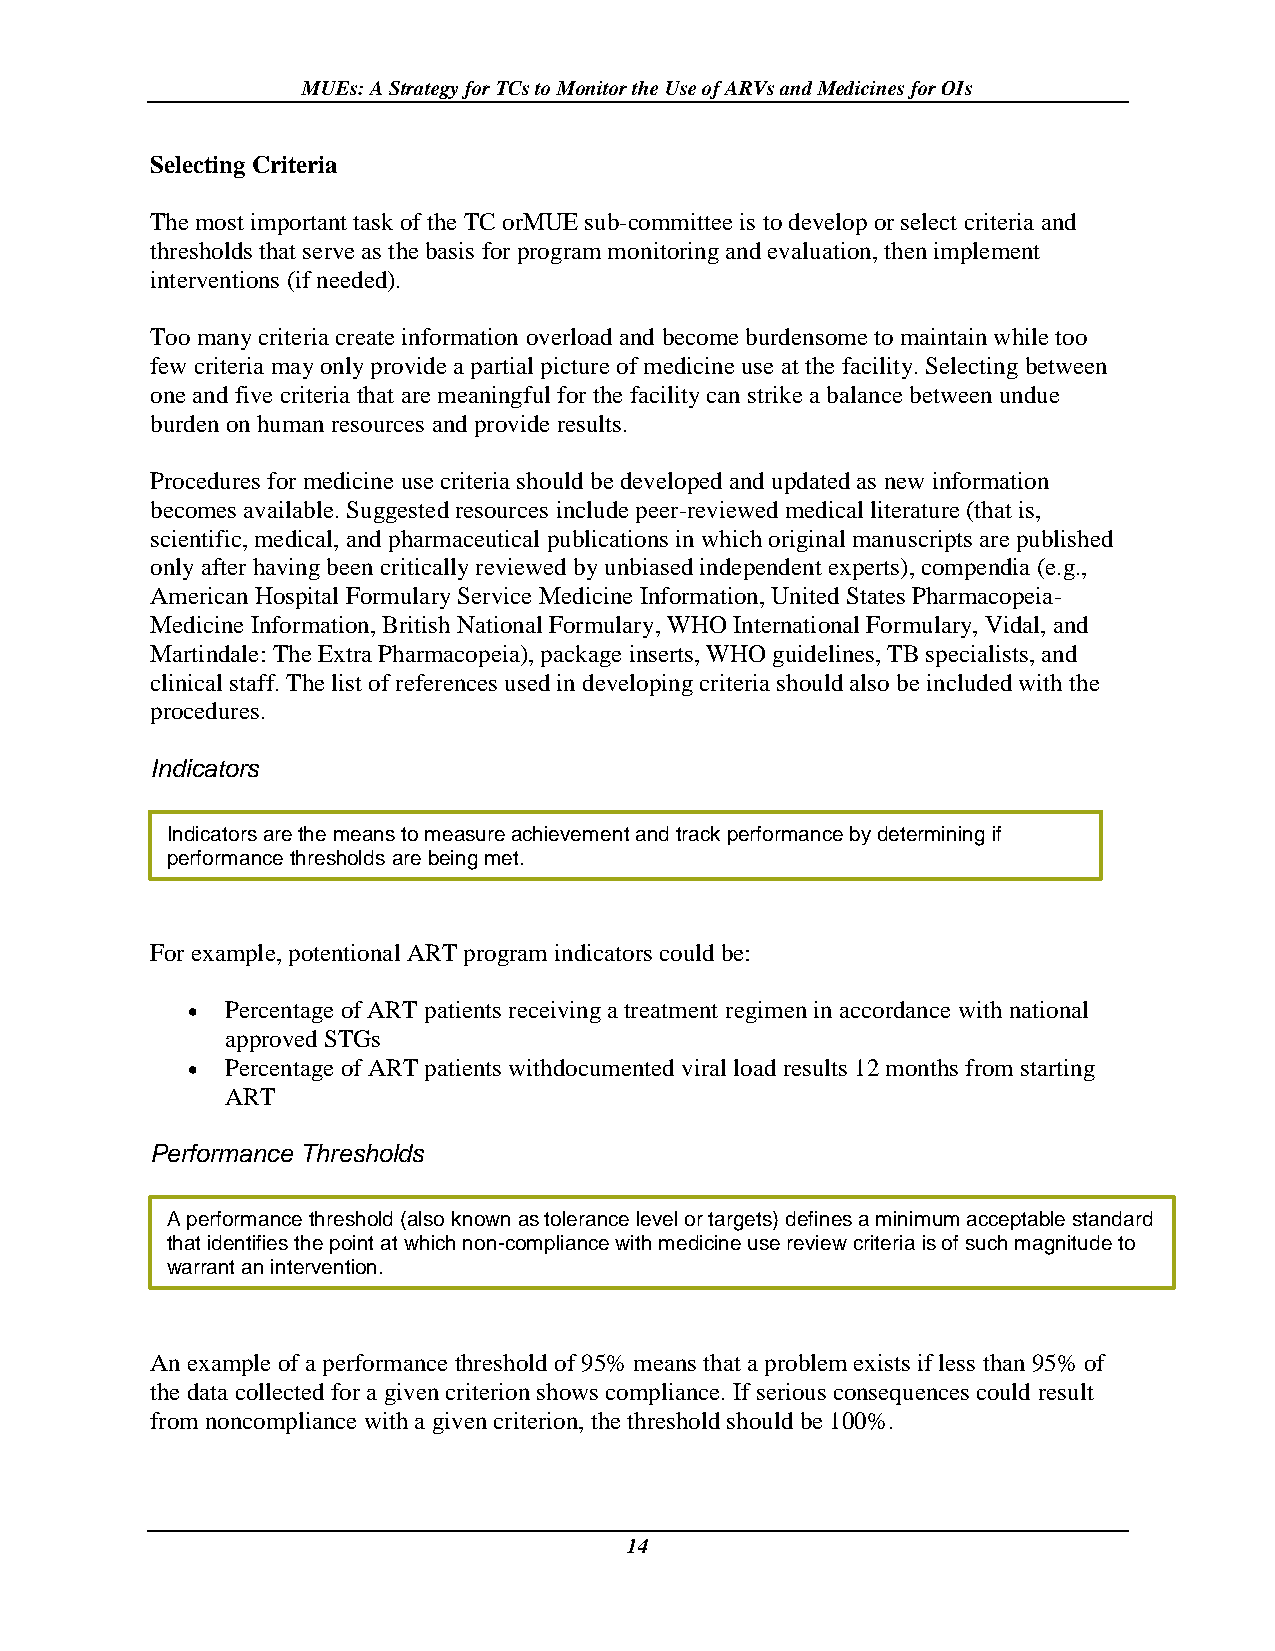
MUEs: A Strategy for TCs to Monitor the Use of ARVs and Medicines for OIs
 Selecting Criteria
 The most important task of the TC orMUE sub-committee is to develop or select criteria and
 thresholds that serve as the basis for program monitoring and evaluation, then implement
 interventions (if needed).
 Too many criteria create information overload and become burdensome to maintain while too
 few criteria may only provide a partial picture of medicine use at the facility. Selecting between
 one and five criteria that are meaningful for the facility can strike a balance between undue
 burden on human resources and provide results.
 Procedures for medicine use criteria should be developed and updated as new information
 becomes available. Suggested resources include peer-reviewed medical literature (that is,
 scientific, medical, and pharmaceutical publications in which original manuscripts are published
 only after having been critically reviewed by unbiased independent experts), compendia (e.g.,
 American Hospital Formulary Service Medicine Information, United States Pharmacopeia-
 Medicine Information, British National Formulary, WHO International Formulary, Vidal, and
 Martindale: The Extra Pharmacopeia), package inserts, WHO guidelines, TB specialists, and
 clinical staff. The list of references used in developing criteria should also be included with the
 procedures.
 Indicators
 Indicators are the means to measure achievement and track performance by determining if
 performance thresholds are being met.
 For example, potentional ART program indicators could be:
   Percentage of ART patients receiving a treatment regimen in accordance with national
 approved STGs
   Percentage of ART patients withdocumented viral load results 12 months from starting
 ART
 Performance Thresholds
 A performance threshold (also known as tolerance level or targets) defines a minimum acceptable standard
 that identifies the point at which non-compliance with medicine use review criteria is of such magnitude to
 warrant an intervention.
 An example of a performance threshold of 95% means that a problem exists if less than 95% of
 the data collected for a given criterion shows compliance. If serious consequences could result
 from noncompliance with a given criterion, the threshold should be 100%.
 14